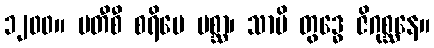
၁၂၀၀။ ပတီစီ စရိမေ ပစ္ဆာ၊ သာမိ တွဒ္ဓေ ဇိဂုစ္ဆနေ။